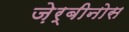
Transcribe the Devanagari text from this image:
ज़ेर्बीनोस